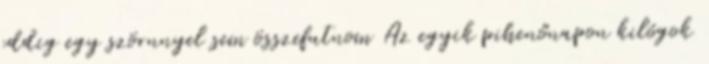
eddig egy szörnnyel sem összefutnom Az egyik pihenőnapon kilógok